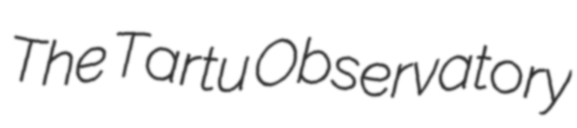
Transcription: The Tartu Observatory